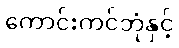
ကောင်းကင်ဘုံနှင့်